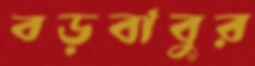
বড়বাবুর